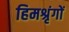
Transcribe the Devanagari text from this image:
हिमश्रृंगों